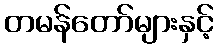
တမန်တော်များနှင့်